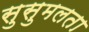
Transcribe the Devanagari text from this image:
सुसुमलता